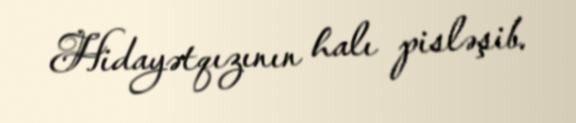
Hidayətqızının halı pisləşib.